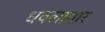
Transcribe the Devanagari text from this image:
धवलागार